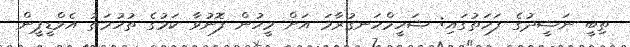
ތިބީ ނަޝީދުގެ ފަހަތުގައި: ޝަހީމްހަނގުރާމަ އަށް މީހުން ފޮނުވާ ކަމުގެ ތުހުމަތު އެމްޑީޕީން